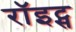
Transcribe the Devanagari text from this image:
रॉइट्स